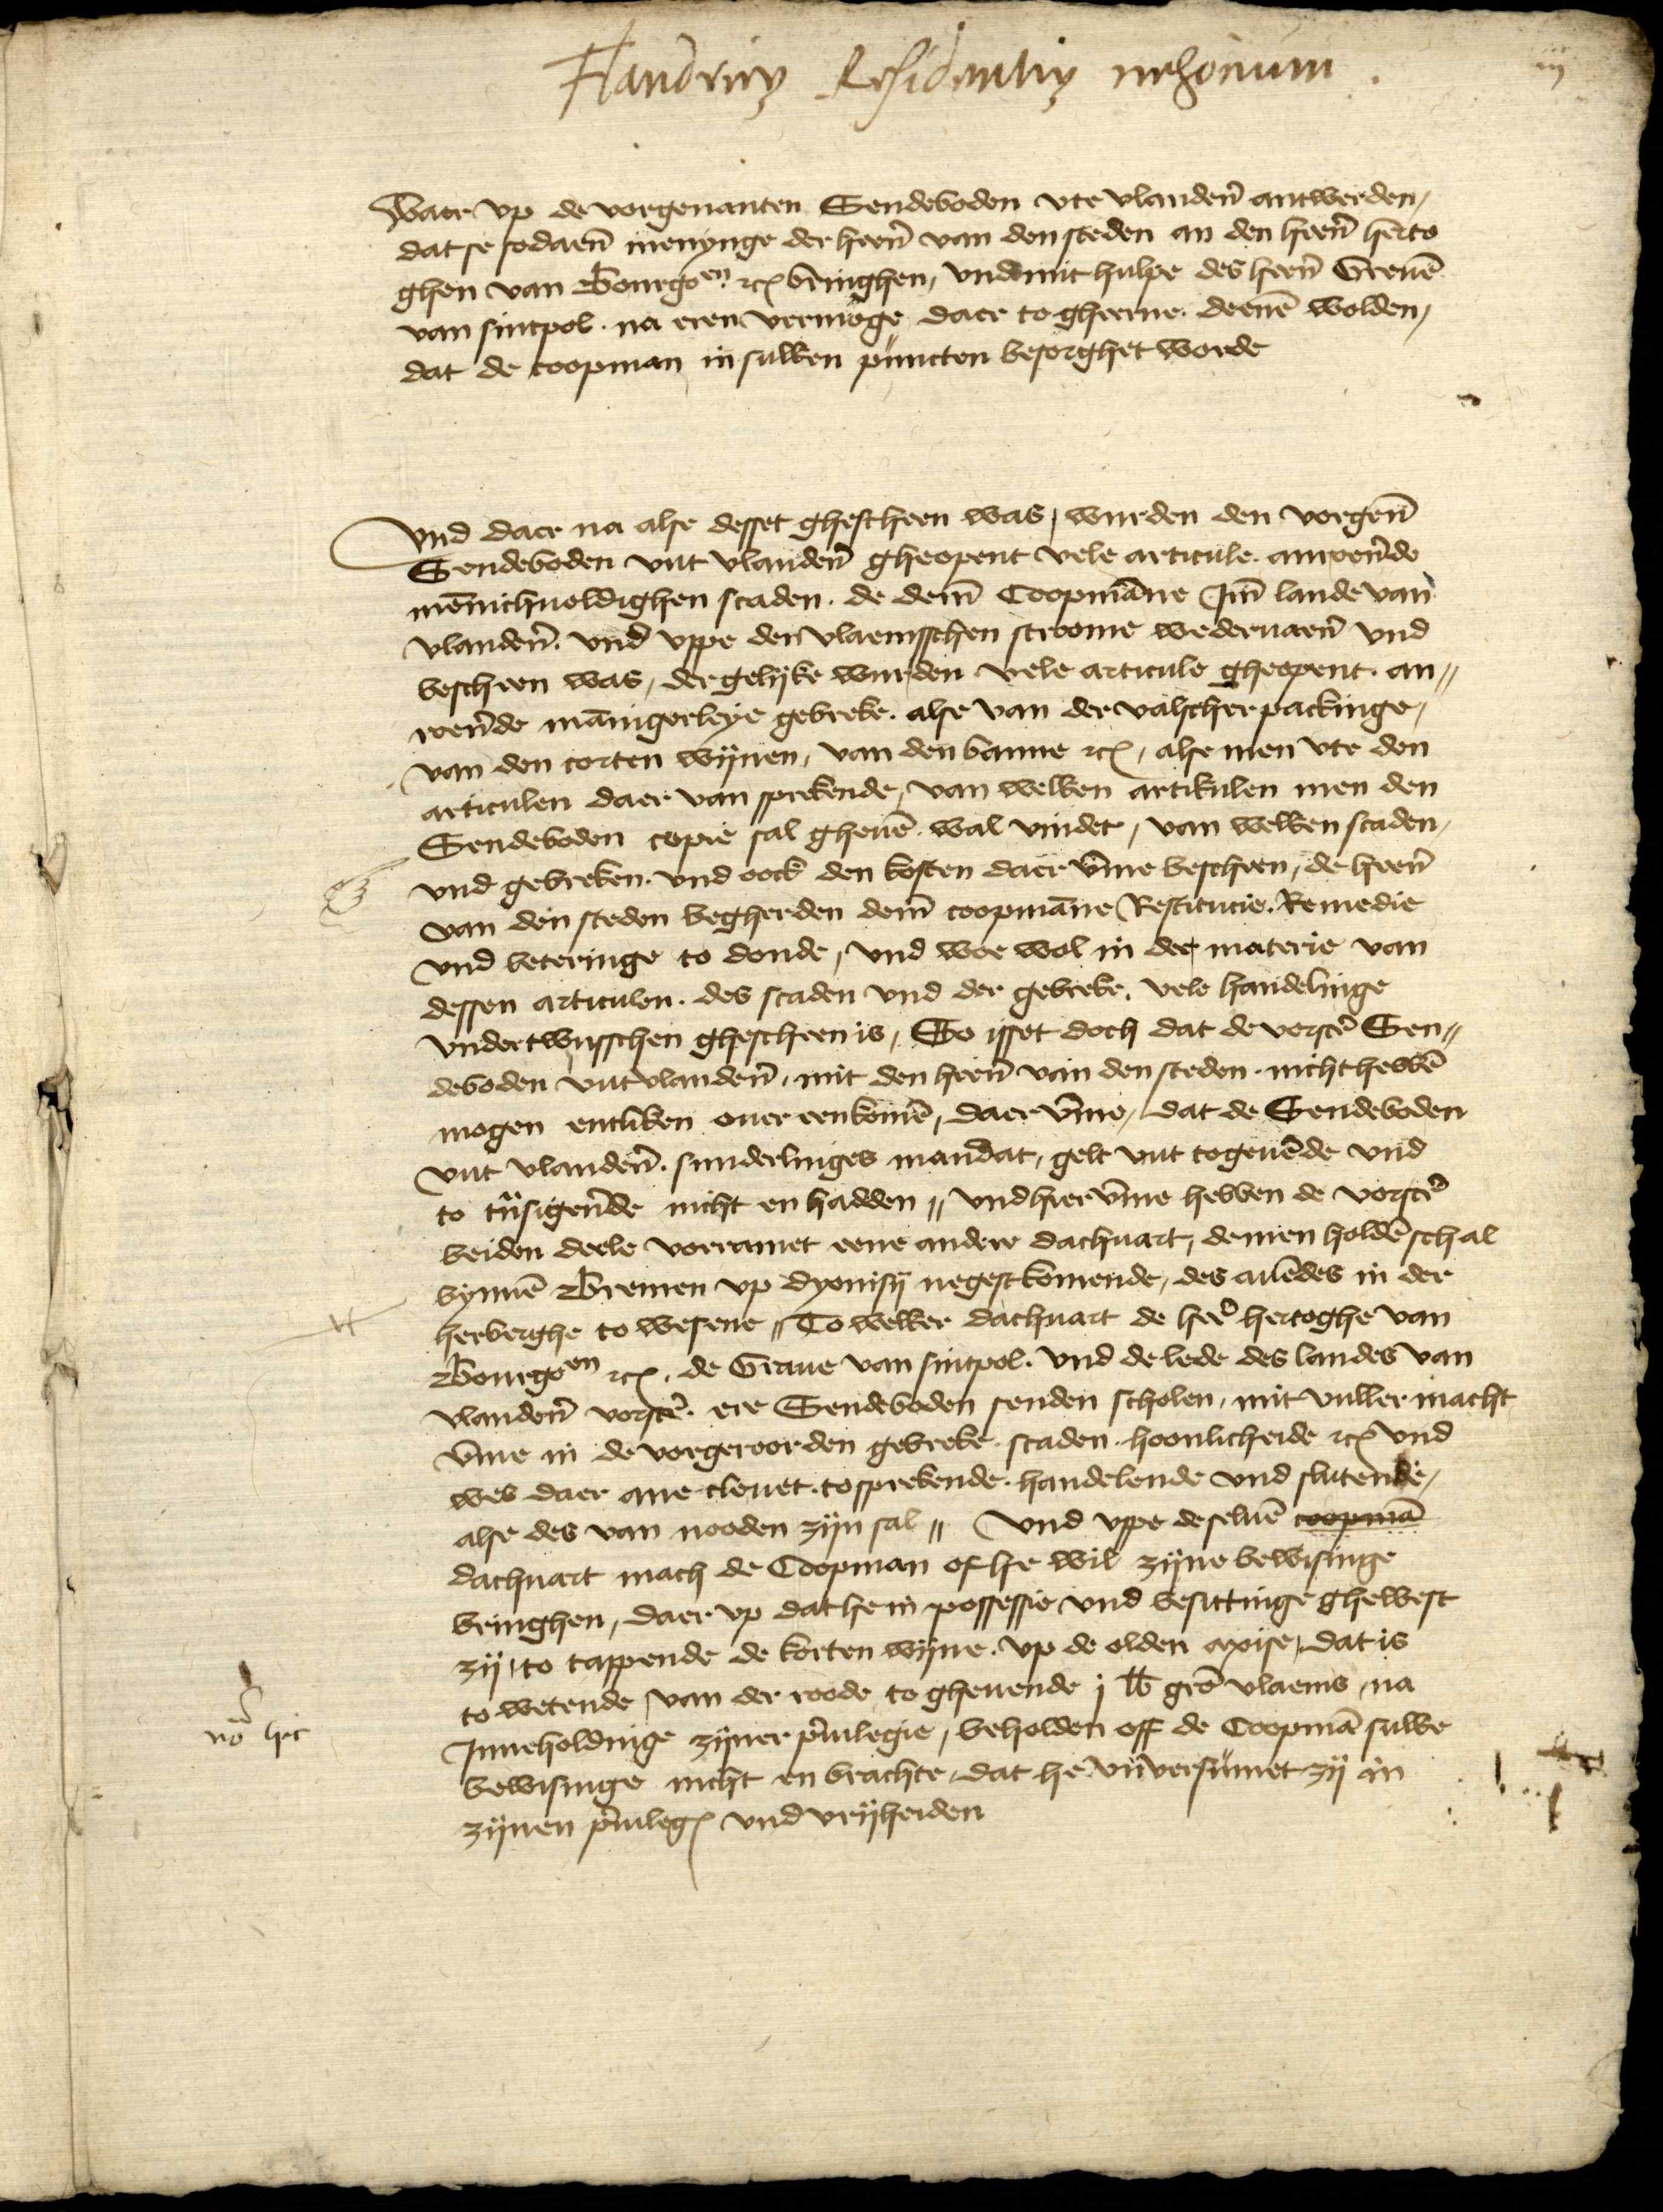
iij

Flandrinv̄ Residentiv̄ nehorium

Waer vp de vorgenanten Sendeboden vte Vlandern antwerden,
dat se sodaenen menynge der heren van den steden an den heren herto¬
ghen van Bourgonien etcetera bringhen, vndemit hulpe des heren Greuen
van sintpol na eren vermoge daer to gheerne deenen wolden,
dat de coopman in sulken puncten besorghet worde

vnd daer na alse desset ghescheen was, wurden den vorgenomeden
Sendeboden vut Vlandern gheopent vele articule anrorende
mennichuolgihen scaden de demme Coopmanne Jmm lande van
vlandern vnd vppe den vlaemsschen stroome wederuaren vnd
bescheen was, dergelyke wurden vele articule gheopent an¬
roernde mannigerleye gebreke, alse van der valscher packinge,
van den corten wijnen, van den banne etcetera, alse men vte den
articulen daer van sprekende, van welken artikulen men den
Sendeboden copie sal gheuen wal vindet, van welken scaden,
vnd gebreken, vnd ook den kosten daer vmme bescheen, de heren
van den steden begherden dem coopmanne Restitucie, Remedie
vnd beteringe to donde, vnd woe wol in der materia van
dessen articulen, des scaden vnd der gebreke, vele handelinge
vndertwusschen ghescheen is, So isset doch dat de vorscreuen Sen¬
deboden vut Vlandern, mit den heren van den steden, nicht hebbeen
mogen entliken ouer eenkomen, daer vmme, dat de Sendeboden
vut Vlandern sunderlinges mandat, gelt vut togeuende vnd
to tusigerende nicht en hadden,, vnd her vmme hebben de vorscreuen
beiden dele voerramet eene andere dachuart, demen holdeen schal
bynnen Bremen vp dyonisy negstkomende, des auendes in der
herberghe to wesene, To welker dachuart de here hertoghe van
Bourgondien etcetera, de Graue van sintpol, vnd de lede des landes van
vlandren vorstcreuen ere Sendeboden senden scholen, mit vuller macht
vmme in de vorgeroorden gebreke, scaden, hoonlicheide etcetera vnd
wes daer ane clouet, to sprekende, handelende vnd slutende,
alse des van nooden zyn sal, vnd vppe de seluen coopman
dachuart mach de Coopman of he wil zyne bewisinge
bringhen, daer vp dat he possessie vnd besittinge ghewest
zy, to tappende de korten wyne, vp de olden axise, dat is
to wetende, van der roode to gheuende j librum grote vlaems, na
Jnneholdinge zyner priuilegie, beholden offt de Coopman sulke
bewisinge nicht en brachte, dat he vn versumet sy in
zynen priuilegien vnd vryheiden

nō hir